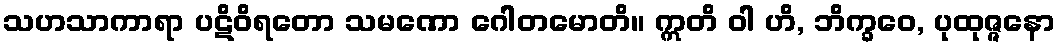
သဟသာကာရာ ပဋိဝိရတော သမဏော ဂေါတမောတိ။ ဣတိ ဝါ ဟိ, ဘိက္ခဝေ, ပုထုဇ္ဇနော